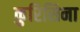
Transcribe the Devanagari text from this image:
कुरिसिना